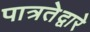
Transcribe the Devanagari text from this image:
पात्रतेद्वारे